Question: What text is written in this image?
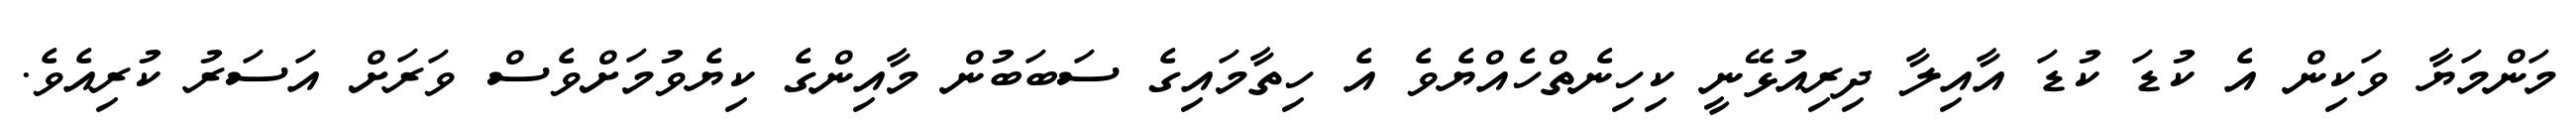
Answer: މަންމަޔާ ވަކިން އެ ކުޑަ ކުޑަ އާއިލާ ދިރިއުޅޭނީ ކިހިނެތްހެއްޔެވެ އެ ހިތާމައިގެ ސަބަބުން މާއިންގެ ކިޔެވުމަށްވެސް ވަރަށް އަސަރު ކުރިއެވެ.